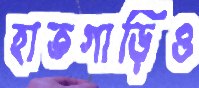
হাতগাড়িও